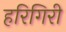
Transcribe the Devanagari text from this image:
हरिगिरी